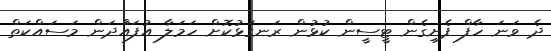
ދެ ވަނަ ހާފް ފެށިގެން ޓީސީން ކުޅުން ރަނގަޅުކޮށް ހަމަލާ އުފައްަދަން މަސައްކަތް